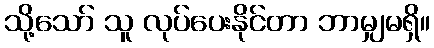
သို့သော် သူ လုပ်ပေးနိုင်တာ ဘာမျှမရှိ။